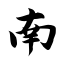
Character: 南